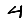
Digit: 4